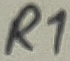
Text: R1